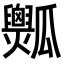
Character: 𤬡